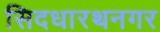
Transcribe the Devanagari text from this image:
सिदधारथनगर